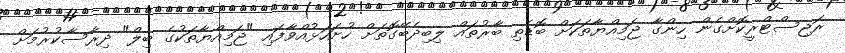
ރަޖިސްޓްރީކޮށްގެން ހިންގާ ޖަމިއްޔާތަކަށް ބޮޑެތި ބާރުތައް ލިބިދެބޭގޮތަށް ހުށަހަޅުއްވާފައި "ޖަމިއްޔާތަކުގެ ބިލް" ދިރާސާކުރުމަށް